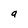
Character: a